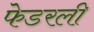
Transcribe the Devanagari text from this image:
फेडरली